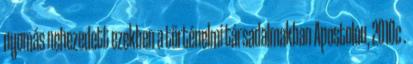
nyomás nehezedett ezekben a történelmi társadalmakban Apostolou, 2010c .